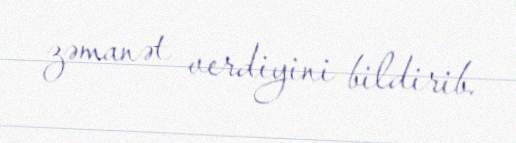
zəmanət verdiyini bildirib.